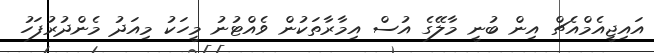
އައިޖީއެމްއެޗް އިން ބުނީ މާލޭގެ އުސް އިމާރާތަކުން ވެއްޓުނު މީހަކު މިއަދު މެންދުރުފަހު